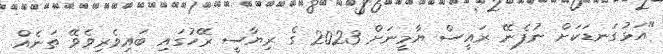
"އަޅުގަނޑަކަށް ނުފެނޭ ރައީސް ޔާމީނަށް 2023 ގެ ރިޔާސީ ރޭހުގައި ބައިވެރިވެވޭ ތަނެއް.